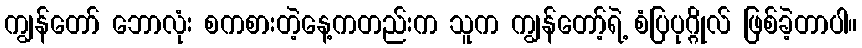
ကျွန်တော် ဘောလုံး စကစားတဲ့နေ့ကတည်းက သူက ကျွန်တော့်ရဲ့ စံပြပုဂ္ဂိုလ် ဖြစ်ခဲ့တာပါ။